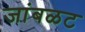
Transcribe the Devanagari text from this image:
जांबळट